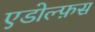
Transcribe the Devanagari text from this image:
एडोल्फ़स